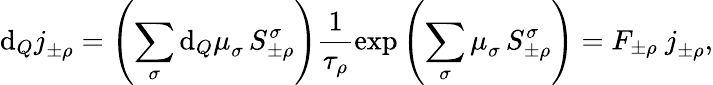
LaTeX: \mathrm{d}_{Q}j_{\pm\rho}^{\mathrm{\, }}=\left(\sum_{\sigma}\mathrm{d}_{Q}\mu_{\sigma}^{\mathrm{\, }}\, S_{\pm\rho}^{\sigma}\right)\frac{1}{\tau_{\rho}}\exp\left(\sum_{\sigma}\mu_{\sigma}^{\mathrm{\, }}\, S_{\pm\rho}^{\sigma}\right)=F_{\pm\rho}~j_{\pm\rho}^{\mathrm{\, }},